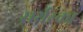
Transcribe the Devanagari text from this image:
सर्यरका